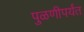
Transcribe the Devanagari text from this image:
पुळणीपर्यंत